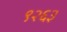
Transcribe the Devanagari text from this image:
९२६३